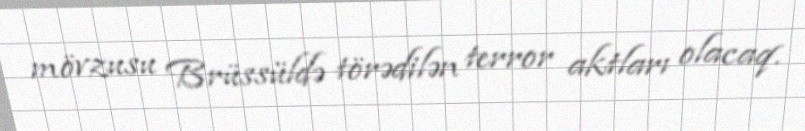
mövzusu Brüssüldə törədilən terror aktları olacaq.